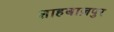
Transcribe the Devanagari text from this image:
शाहबाज़पुर